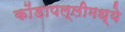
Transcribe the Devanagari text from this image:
कोंडापल्लीमध्ये